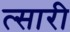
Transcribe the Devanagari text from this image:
त्सारी